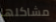
مشاكلها